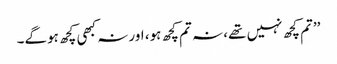
’’تم کچھ نہیں تھے، نہ تم کچھ ہو، اور نہ کبھی کچھ ہوگے۔